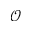
\mathcal { O }